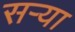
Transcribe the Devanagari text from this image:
सर्‍या